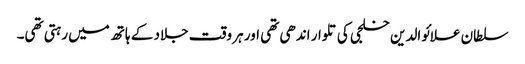
سلطان علائوالدین خلجی کی تلوار اندھی تھی اور ہر وقت جلاد کے ہاتھ میں رہتی تھی۔